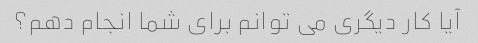
آیا کار دیگری می توانم برای شما انجام دهم؟